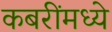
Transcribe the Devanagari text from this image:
कबरींमध्ये